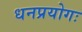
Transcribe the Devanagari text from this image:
धनप्रयोगः